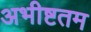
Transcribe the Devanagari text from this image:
अभीष्टतम